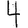
Digit: 4